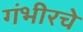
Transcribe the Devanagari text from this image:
गंभीरचे